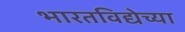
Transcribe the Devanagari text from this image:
भारतविद्येच्या